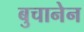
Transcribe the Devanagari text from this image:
बुचानेन